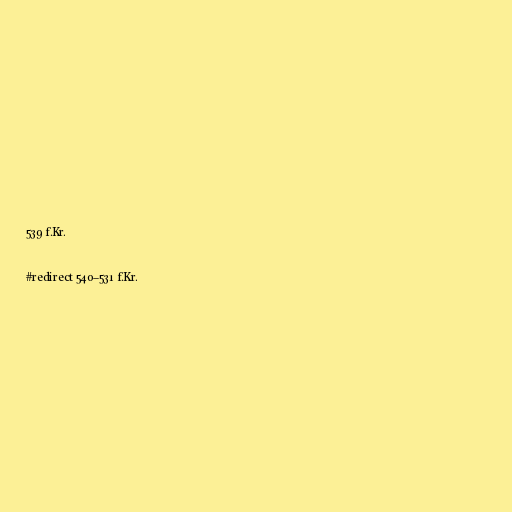
539 f.Kr.

#redirect 540–531 f.Kr.